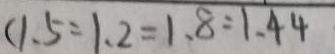
( 1 . 5 = 1 . 2 = 1 . 8 = 1 . 4 4